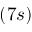
( 7 s )